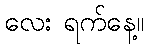
လေး ရက်နေ့။